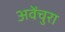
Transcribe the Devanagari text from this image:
अवेंचुरा